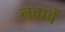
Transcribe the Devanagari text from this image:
नवाबें